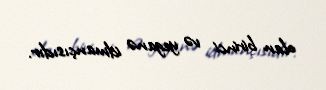
olan birinci və yeganə idmançısıdır.